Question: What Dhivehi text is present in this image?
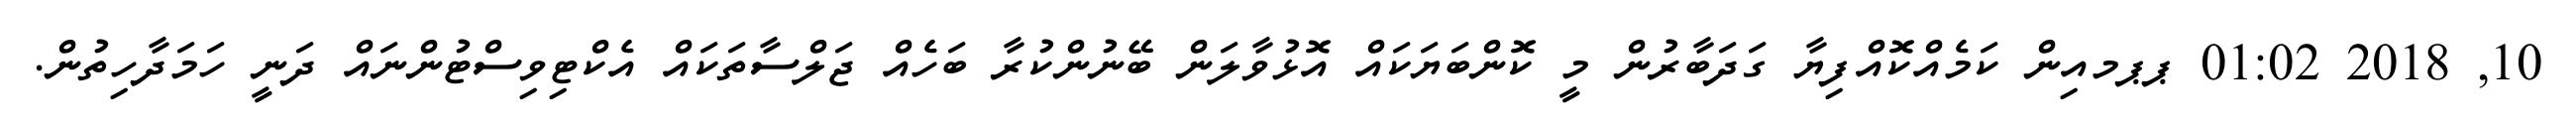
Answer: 10, 2018 01:02 ޕޕމއިން ކަމެއްކޮއްފިޔާ ގަދަބާރުން މީ ކޮންބަޔަކައް އޮޅުވާލަން ބޭނުންކުރާ ބަހެއް ޖަލްސާތަކައް އެކްޓިވިސްޓުންނައް ދަނީ ހަމަދާހިތުން.